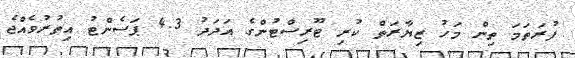
ފުރަތަމަ ތިން މަހު ޒިޔާރަތް ކުރި ޓޫރިސްޓުންގެ އަދަދު 4.3 ޕަސެންޓު އިތުރުވެއްޖެ